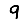
Digit: 9